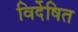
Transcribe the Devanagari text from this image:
विर्देषित